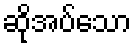
ဆိုအပ်သော